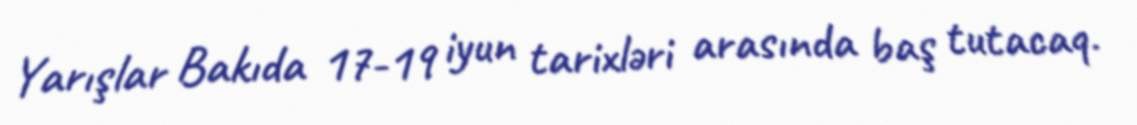
Yarışlar Bakıda 17-19 iyun tarixləri arasında baş tutacaq.